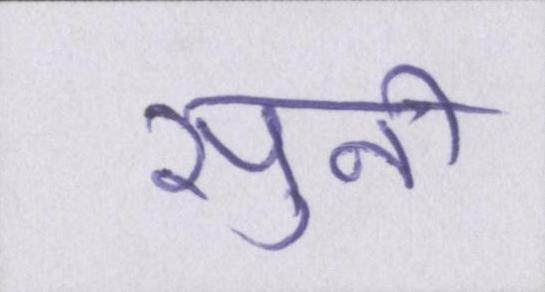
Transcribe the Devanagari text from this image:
सुनी